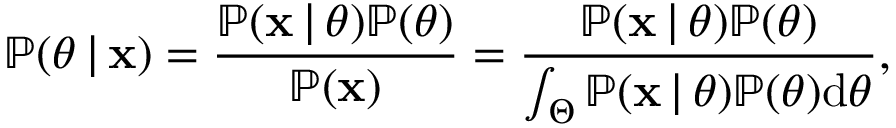
\mathbb { P } ( \theta \, | \, \mathbf { x } ) = \frac { \mathbb { P } ( \mathbf { x } \, | \, \theta ) \mathbb { P } ( \theta ) } { \mathbb { P } ( \mathbf { x } ) } = \frac { \mathbb { P } ( \mathbf { x } \, | \, \theta ) \mathbb { P } ( \theta ) } { \int _ { \Theta } \mathbb { P } ( \mathbf { x } \, | \, \theta ) \mathbb { P } ( \theta ) \mathrm { d } \theta } ,